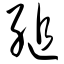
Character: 缒